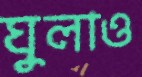
ঘুলাও